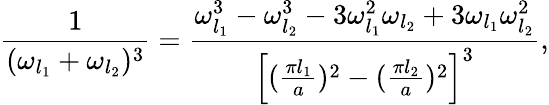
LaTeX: {\frac{1}{(\omega_{l_{1}}+\omega_{l_{2}})^{3}}}={\frac{\omega_{l_{1}}^{3}-\omega_{l_{2}}^{3}-3\omega_{l_{1}}^{2}\omega_{l_{2}}+3\omega_{l_{1}}\omega_{l_{2}}^{2}}{\left[({\frac{\pi l_{1}}{a}})^{2}-({\frac{\pi l_{2}}{a}})^{2}\right]^{3}}},